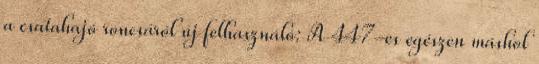
a csatahajó roncsáról új felhasználó: A 447-es egészen máshol